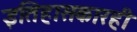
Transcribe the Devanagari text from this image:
इतिहासकारही